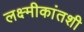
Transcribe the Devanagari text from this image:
लक्ष्मीकांतशी